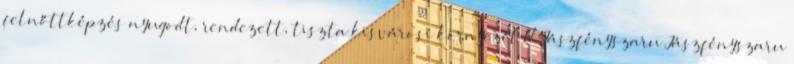
felnőttképzés nyugodt, rendezett, tiszta kisvárosi környezet 17 Jászfényszaru Jászfényszaru